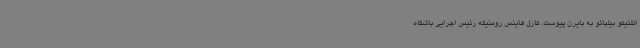
اتلتیکو بیلبائو به بایرن پیوست. کارل هاینس رومنیگه رئیس اجرایی باشگاه